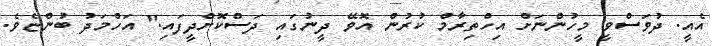
އެއީ. ދުވަސްވީ މީހުންނަށް އިހްތިރާމް ކުރުން އޮވޭ ދީނުގައި ދަސްކޮށްދީފައި." އަހްމަދު ބުންޏެވެ.